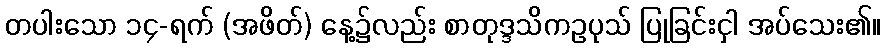
တပါးသော ၁၄-ရက် (အဖိတ်) နေ့၌လည်း စာတုဒ္ဒသိကဥပုသ် ပြုခြင်းငှါ အပ်သေး၏။